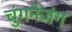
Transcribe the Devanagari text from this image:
चुंगनेजंग